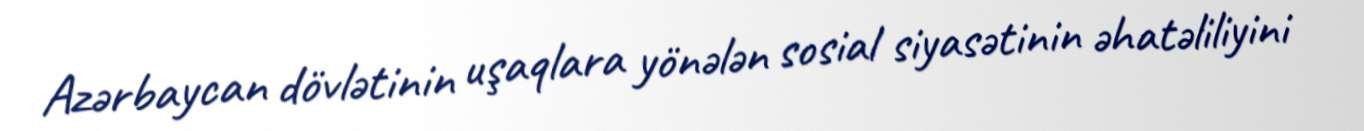
Azərbaycan dövlətinin uşaqlara yönələn sosial siyasətinin əhatəliliyini